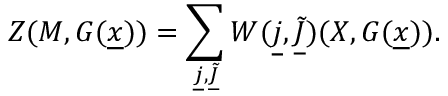
Z ( M , G ( \underline { { x } } ) ) = \sum _ { \underline { { j } } , \underline { { { \tilde { J } } } } } W ( \underline { { j } } , \underline { { { \tilde { J } } } } ) ( X , G ( \underline { { x } } ) ) .